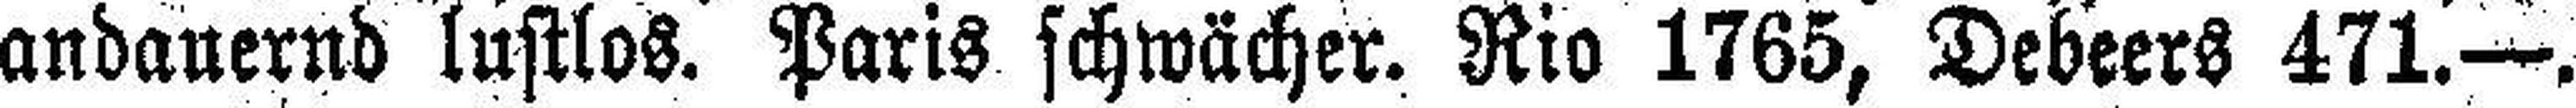
andauernd lustlos. Paris schwächer. Rio 1765, Debeers 471.—.